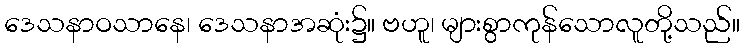
ဒေသနာဝသာနေ၊ ဒေသနာအဆုံး၌။ ဗဟူ၊ များစွာကုန်သောလူတို့သည်။